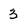
Character: 3